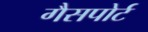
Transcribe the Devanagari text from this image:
गैसपोर्ट